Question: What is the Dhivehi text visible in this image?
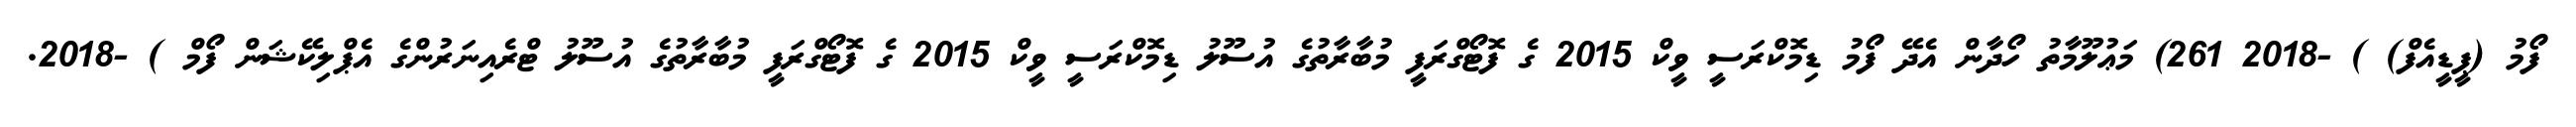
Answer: ފޯމު (ޕީޑީއެފް) ) -2018 261) މަޢުލޫމާތު ހޯދާން އެދޭ ފޯމު ޑިމޮކްރަސީ ވީކް 2015 ގެ ފޮޓޯގްރަފީ މުބާރާތުގެ އުސޫލު ޑިމޮކްރަސީ ވީކް 2015 ގެ ފޮޓޯގްރަފީ މުބާރާތުގެ އުސޫލު ޓްރެއިނަރުންގެ އެޕްލިކޭޝަން ފޯމް ) -2018.